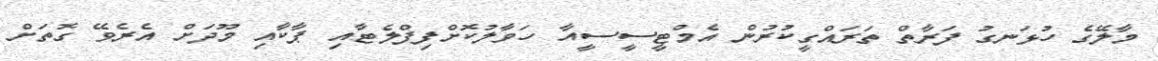
މާލޭގެ ހުޅަނގު ފަރާތް ތަރައްގީކުރުން އެމްޓީސީސީއާ ހަވާލުކޮށްފިފްލެޓާއި ޕާކާއި މޫދަށް އެރެވޭ ގޮތަށް